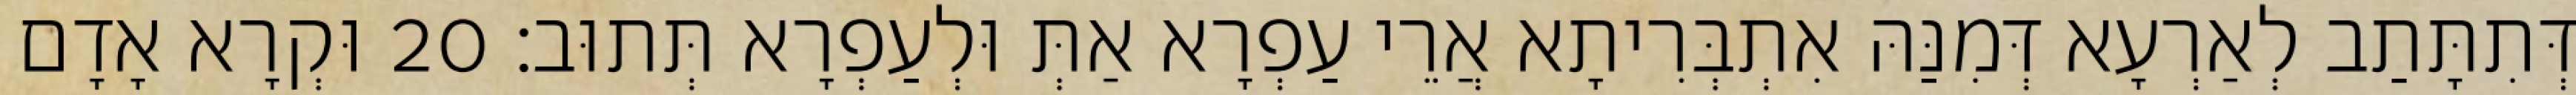
דְּתִתָּתַב לְאַרְעָא דְּמִנַּהּ אִתְבְּרִיתָא אֲרֵי עַפְרָא אַתְּ וּלְעַפְרָא תְּתוּב׃ 20 וּקְרָא אָדָם